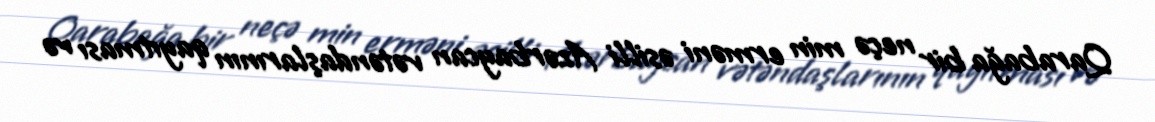
Qarabağa bir neçə min erməni əsilli Azərbaycan vətəndaşlarının qayıtması və